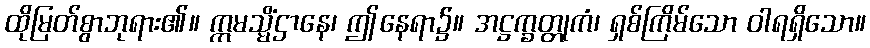
ထိုမြတ်စွာဘုရား၏။ ဣမသ္မိံဌာနေ၊ ဤနေရာ၌။ အဋ္ဌက္ခတ္တုကံ၊ ရှစ်ကြိမ်သော ဝါရရှိသော။